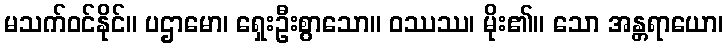
မသက်ဝင်နိုင်။ ပဌာမော၊ ရှေးဦးစွာသော။ ဝဿဿ၊ မိုး၏။ သော အန္တရာယော၊